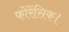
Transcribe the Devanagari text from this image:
फोरेंसिक।